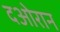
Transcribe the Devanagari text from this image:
दओरान